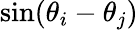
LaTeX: \sin(\theta_{i}-\theta_{j})